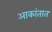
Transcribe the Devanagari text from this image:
आकांतात